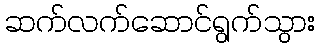
ဆက်လက်ဆောင်ရွက်သွား